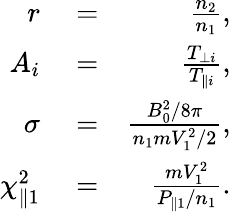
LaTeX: \begin{array}{rlr}{r}&{{}=}&{\frac{n_{2}}{n_{1}},}\\ {A_{i}}&{{}=}&{\frac{T_{\perp i}}{T_{\parallel i}},}\\ {\sigma}&{{}=}&{\frac{B_{0}^{2}/8\pi}{n_{1}mV_{1}^{2}/2},}\\ {\chi_{\parallel 1}^{2}}&{{}=}&{\frac{mV_{1}^{2}}{P_{\parallel 1}/n_{1}}.}\end{array}